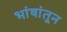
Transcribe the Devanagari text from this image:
भांषांतून